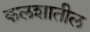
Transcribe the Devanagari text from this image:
कलशातील